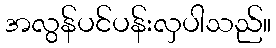
အလွန်ပင်ပန်းလှပါသည်။